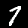
Label: 7